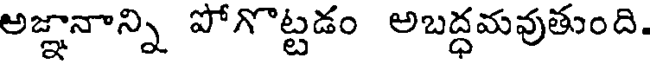
అజ్ఞానాన్ని పోగొట్టడం అబద్ధమవుతుంది.